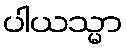
ပါယသ္မာ